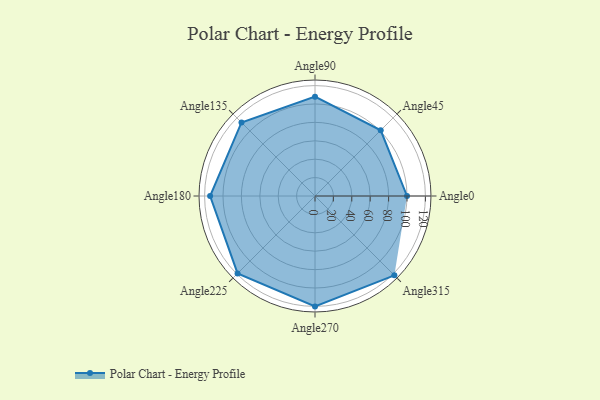
{"axis": {"x": "Angle", "y": "Radius"}, "legend": [""], "data": [{"x": "Angle0", "y": 100.0, "type": ""}, {"x": "Angle45", "y": 101.0, "type": ""}, {"x": "Angle90", "y": 108.0, "type": ""}, {"x": "Angle135", "y": 113.0, "type": ""}, {"x": "Angle180", "y": 114.0, "type": ""}, {"x": "Angle225", "y": 119.0, "type": ""}, {"x": "Angle270", "y": 120.0, "type": ""}, {"x": "Angle315", "y": 122.0, "type": ""}]}